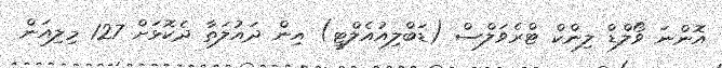
އޮންނަ ވޯލްޑް ލިންކް ޓްރެވަލްސް (ޑަބްލިއުއެލްޓީ) އިން ދައުލަތާ ދެކޮޅަށް 127 މިލިއަން